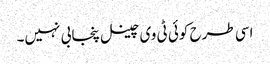
اسی طرح کوئی ٹی وی چینل پنجابی نہیں۔